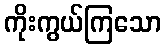
ကိုးကွယ်ကြသော